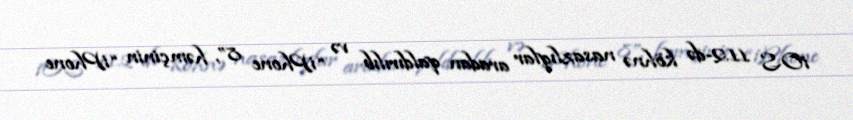
iOS 11.2-də köhnə nasazlıqlar aradan qaldırılıb və “iPhone 8”, həmçinin “iPhone